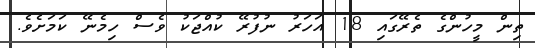
ތިން މީހުންގެ ތެރޭގައި 18 އަހަރު ނުފުރޭ ކުއްޖަކު ވެސް ހިމެނޭ ކަމަށެވެ.